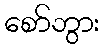
စော်ဘွား